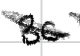
Text: BC
Cross-out: diagonal
Writing tool: digital_black